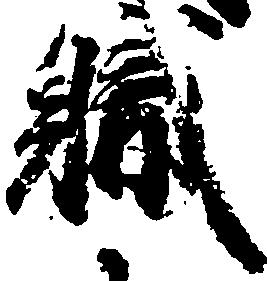
職